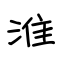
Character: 淮